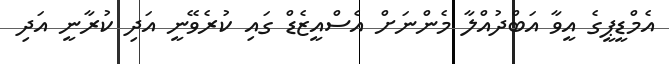
އެމްޑީޕީގެ އީވާ އަބްދުއްލާ މެންނަށް އެސްއީޒެޑް ގައި ކުރެވޭނީ އަދި ކުރާނީ އަދި